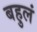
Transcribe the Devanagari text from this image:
बहुलं